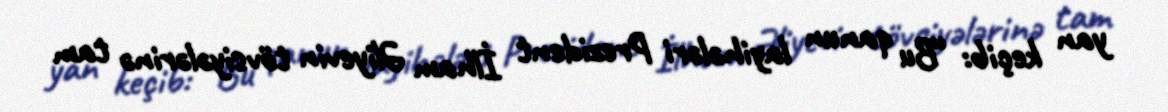
yan keçib: “Bu qanun layihələri Prezident İlham Əliyevin tövsiyələrinə tam